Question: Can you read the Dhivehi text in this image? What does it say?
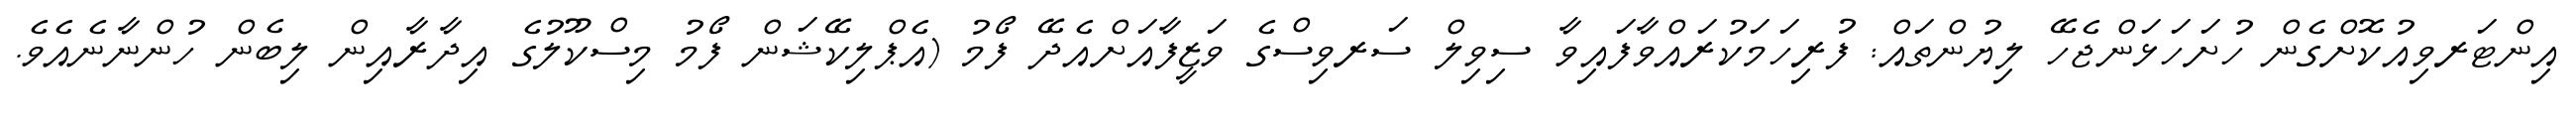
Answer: އިންޓަރވިއުކޮށްގެން ހުށަހަޅަންޖެހޭ ލިޔުންތައް: ފުރިހަމަކުރައްވާފައިވާ ސިވިލް ސަރވިސްގެ ވަޒީފާއަށްއެދޭ ފޯމު (އެޕްލިކޭޝަން ފޯމު މިސްކޫލުގެ އިދާރާއިން ލިބެން ހުންނާނެއެވެ.